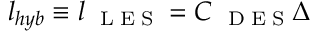
l _ { h y b } \equiv l _ { \mathrm { ~ \tiny ~ L ~ E ~ S ~ } } = C _ { \mathrm { ~ \tiny ~ D ~ E ~ S ~ } } \Delta